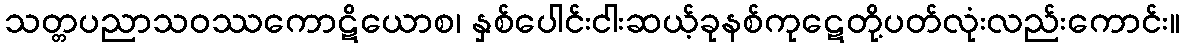
သတ္တပညာသဝဿကောဋိယောစ၊ နှစ်ပေါင်းငါးဆယ့်ခုနစ်ကုဋေတို့ပတ်လုံးလည်းကောင်း။